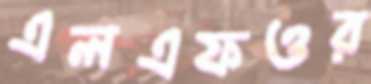
এলএফওর